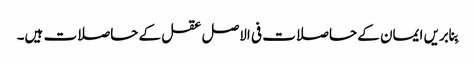
بِنابریں ایمان کے حاصلات فی الاصل عقل کے حاصلات ہیں۔